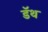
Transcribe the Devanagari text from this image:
डॅथ